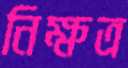
নিক্ষত্র